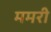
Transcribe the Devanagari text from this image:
ममरी